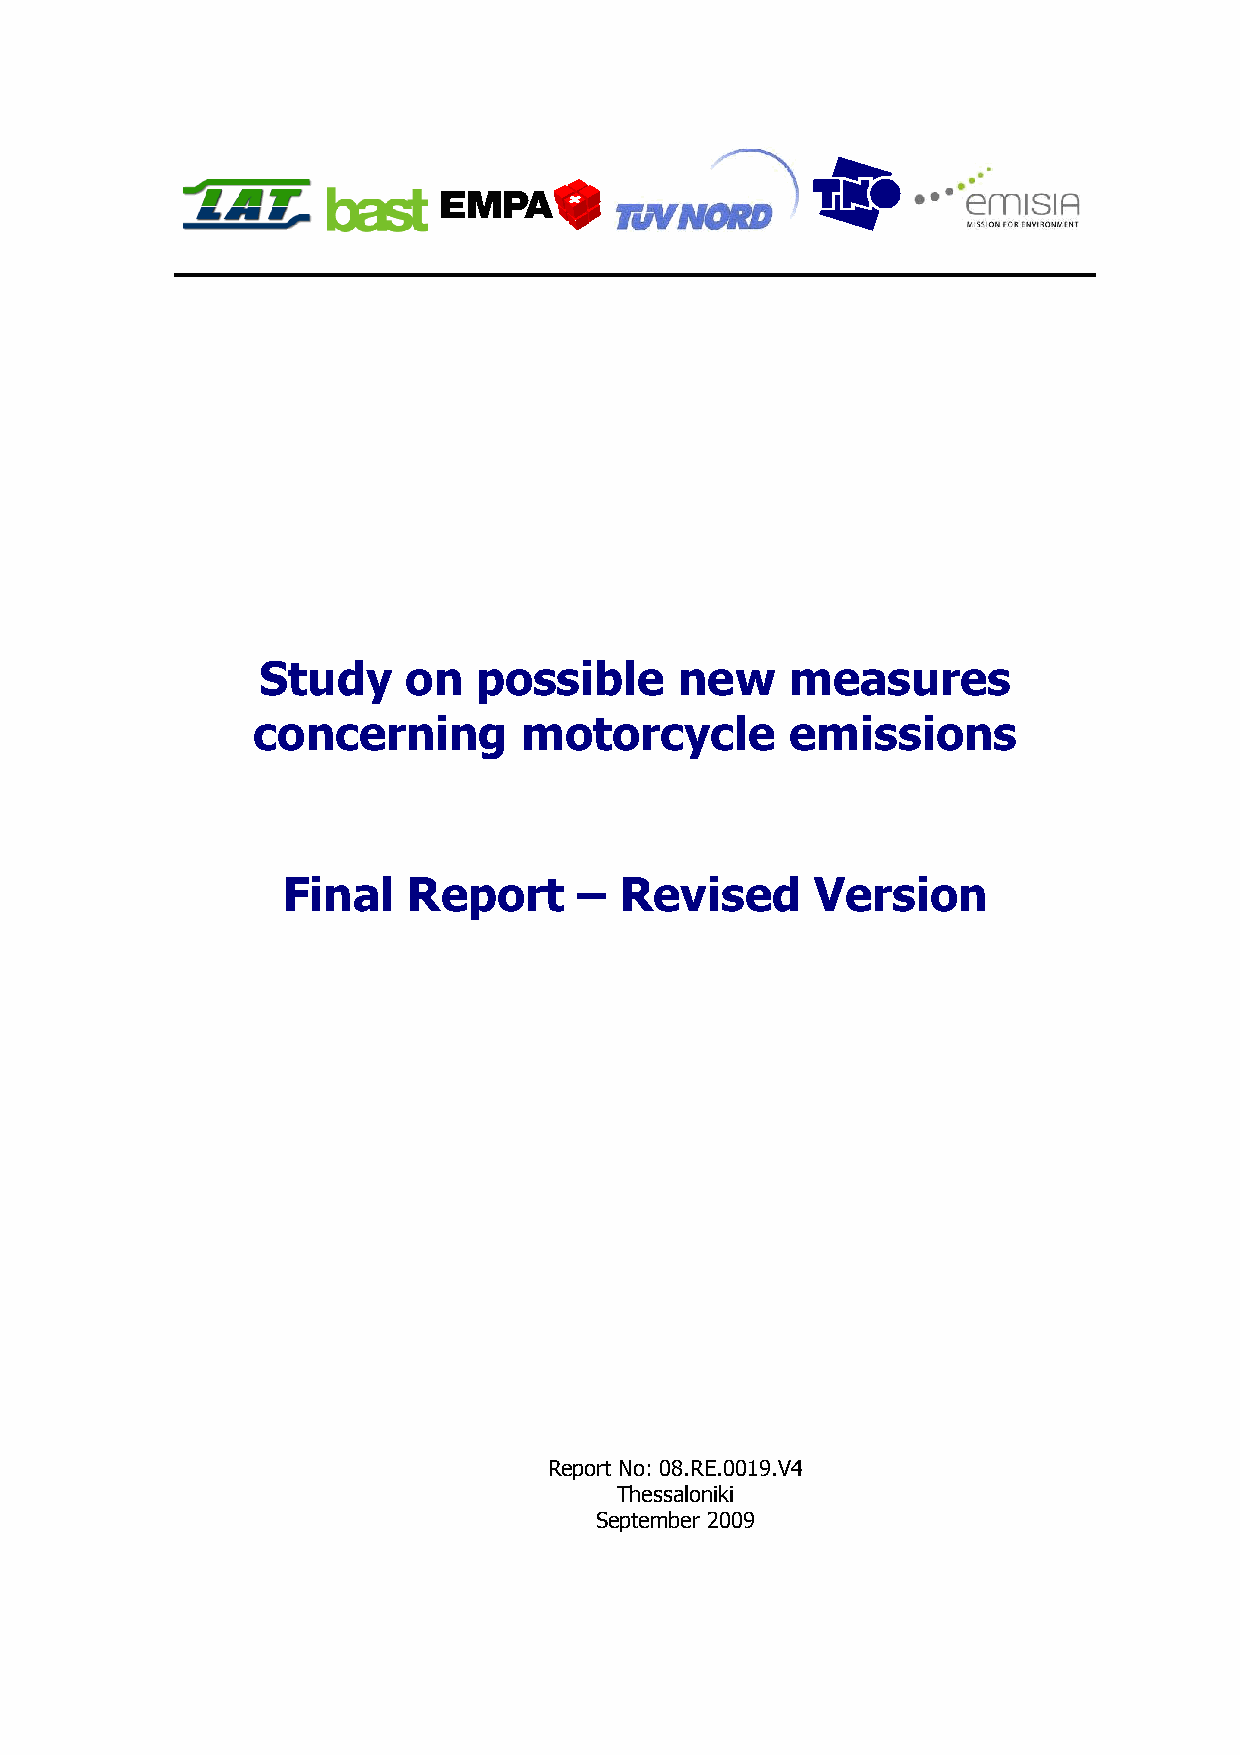
Study     on   possible     new    measures
 concerning       motorcycle        emissions
 Final   Report     –  Revised      Version
 Report No: 08.RE.0019.V4
 Thessaloniki
 September 2009